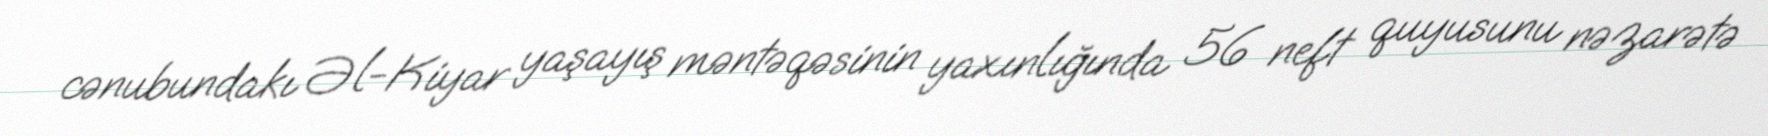
cənubundakı Əl-Kiyar yaşayış məntəqəsinin yaxınlığında 56 neft quyusunu nəzarətə